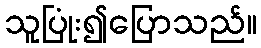
သူပြုံး၍ပြောသည်။